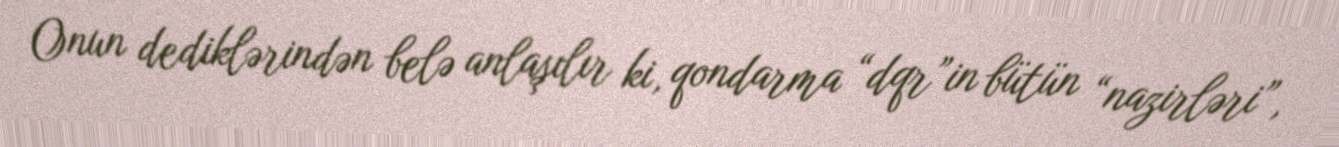
Onun dediklərindən belə anlaşılır ki, qondarma “dqr”in bütün “nazirləri”,